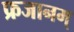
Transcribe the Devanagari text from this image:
फ्रजानम्